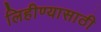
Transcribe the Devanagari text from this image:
लिहीण्यासाठी